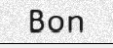
Bon